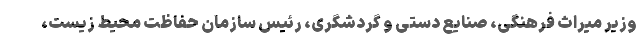
وزیر میراث فرهنگی، صنایع دستی و گردشگری، رئیس سازمان حفاظت محیط زیست،